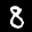
Label: 8